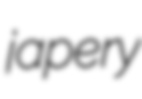
japery